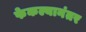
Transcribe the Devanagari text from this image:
फेकल्यानंतर